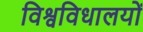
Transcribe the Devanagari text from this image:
विश्वविधालयों